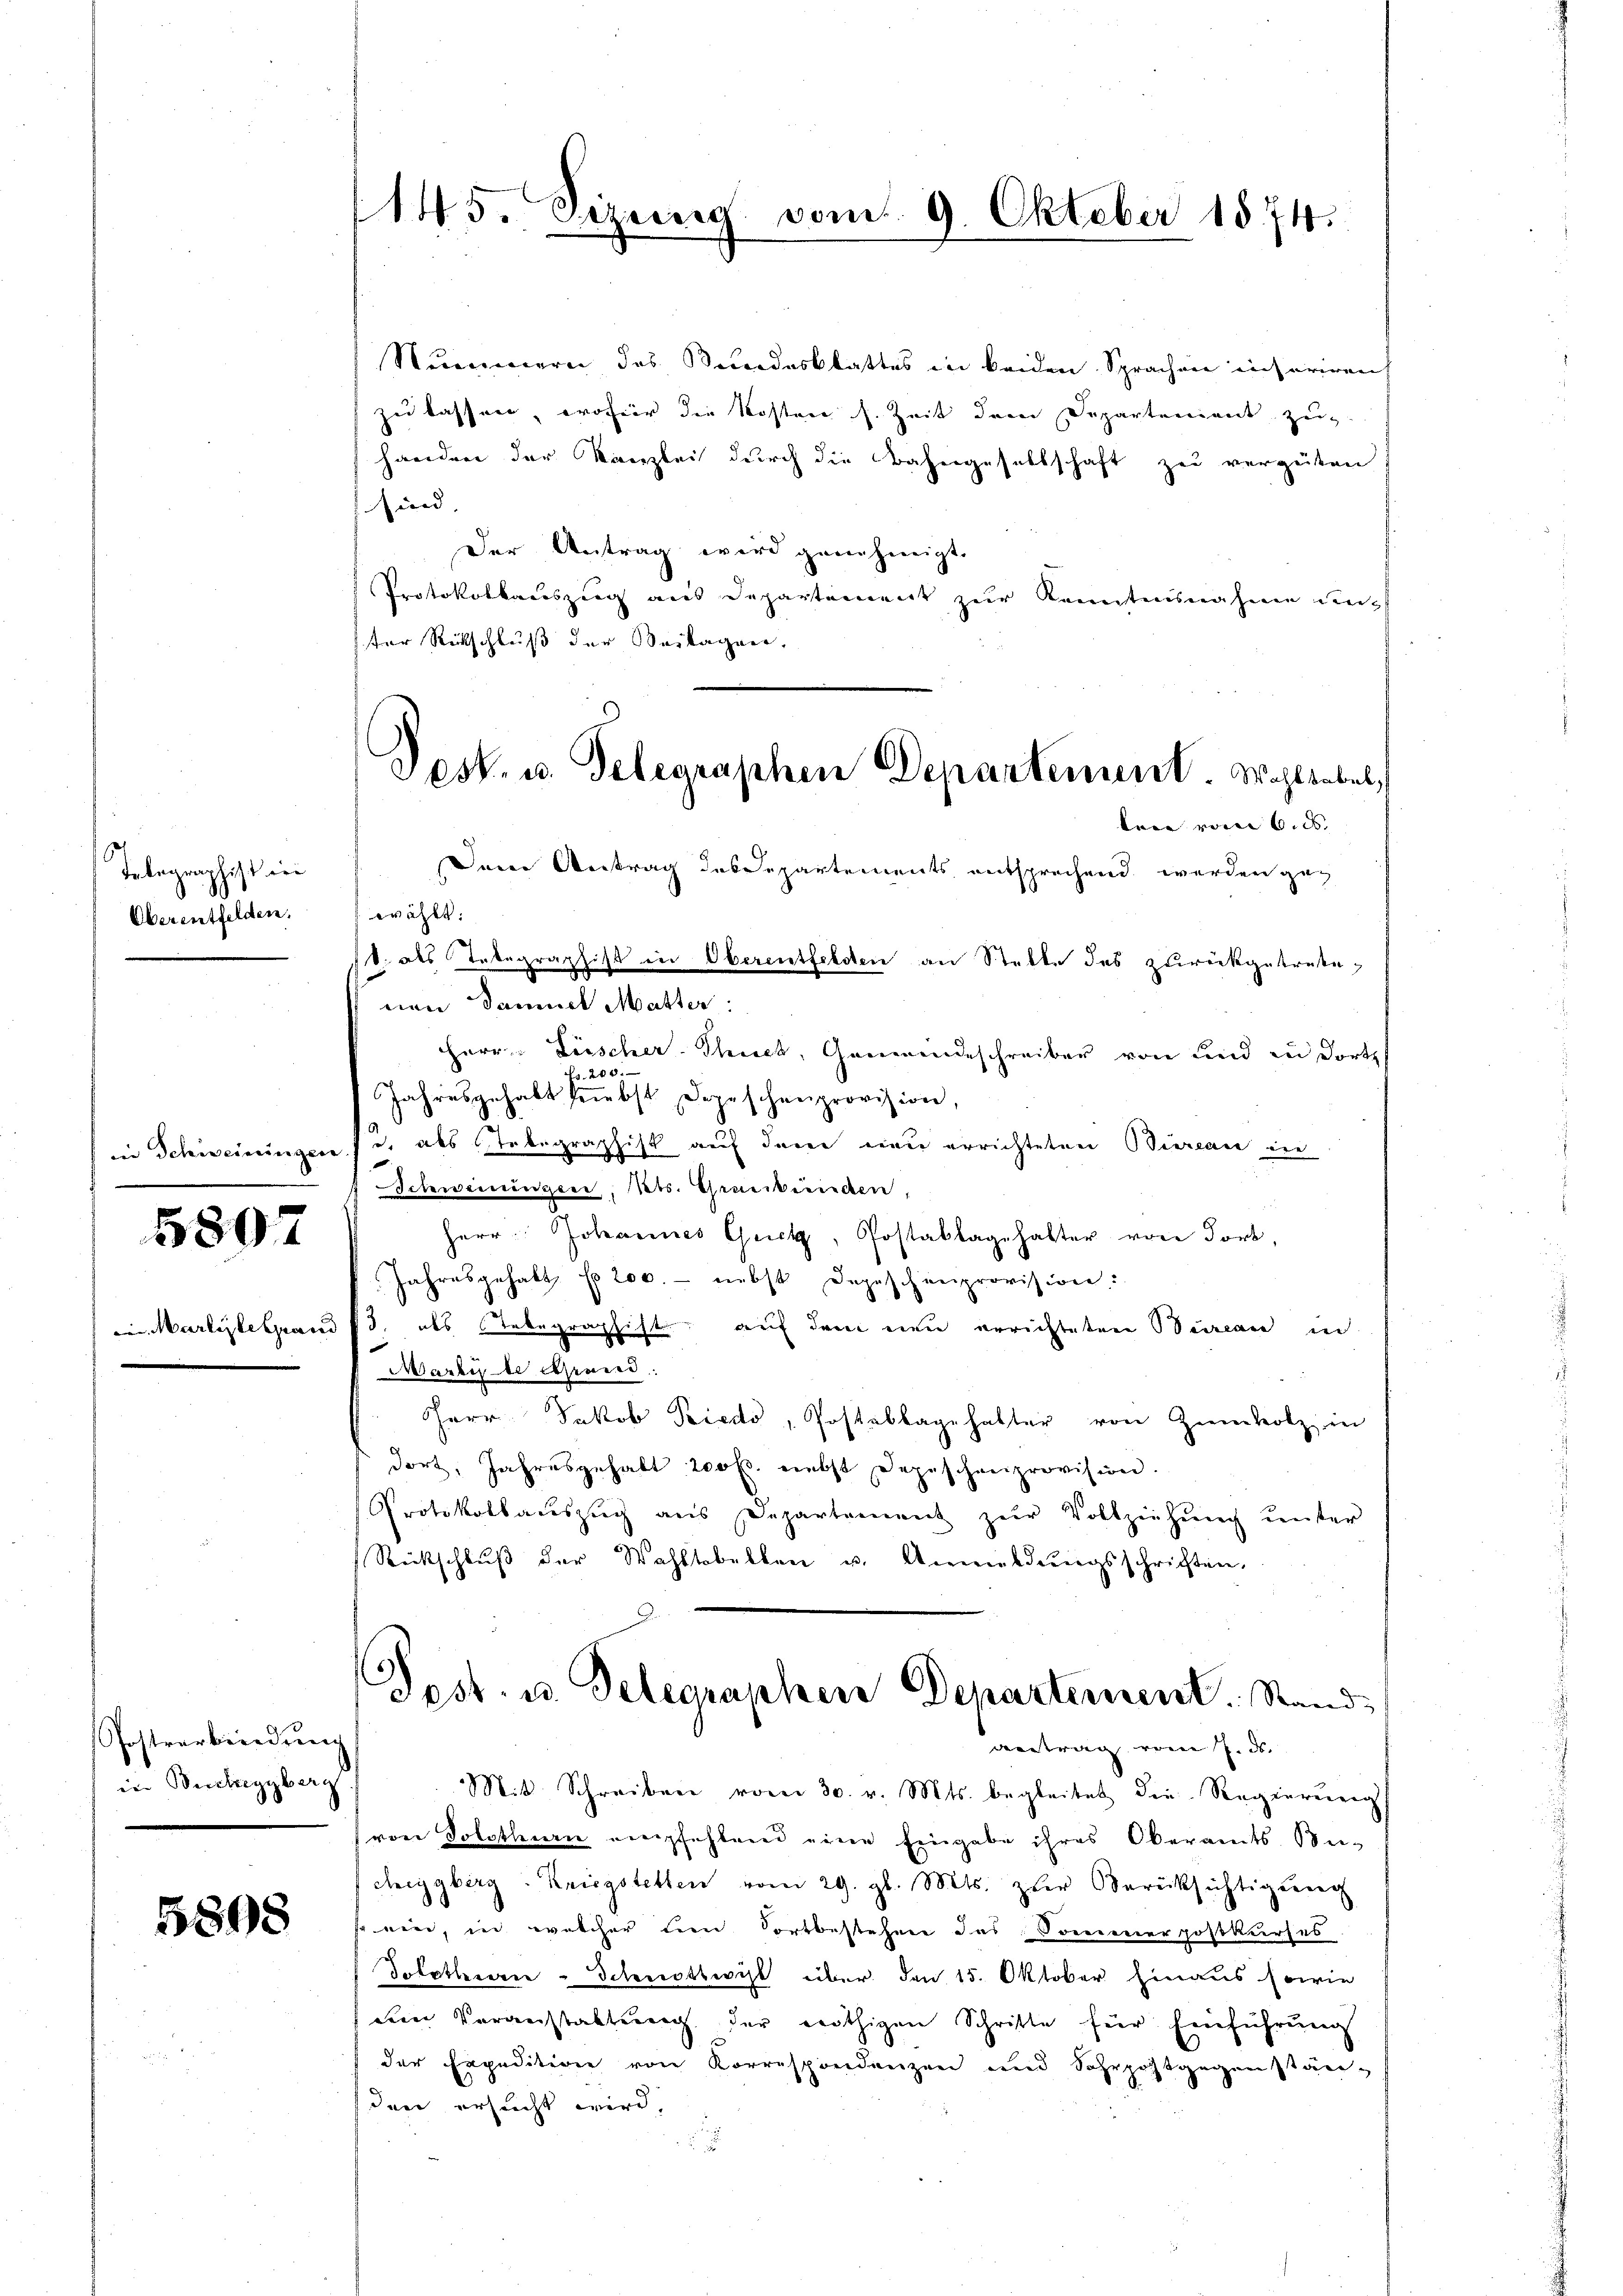
Telegraphist de
Oberentfelden.

in Schweinungen

5807

in Marlylespan

Postverbindung
in Bucheggberg

5898

145. Sizung vom 9. Oktober 1874.

Post. u. Telegraphen Departement. Wohlsebel,
ken vom 6. ds.

Nummern des Bundesblattes in beiden Sprachen inferiren,
zu lassen, wofür die Kosten s. Zeit dem Departement zu-
handen der Kanzlei durch die Bahngesellschaft zu vergüten
sind,
Der Antrag wird genehmigt.
Protokollauszeig aus Departement zur Kenntensnahmen un
1ter Rückschluß der Beilagen,
Deine Vertrag des Departements entsprechend werden gan
wählt.
v. des Telegraphist in Oberentfeldten an Stelle des zurückgetretenen Samuel Mutter:
Herr Fischer-Thuet, Gaumendeschreiber von und zu dorth
200.
Jahresgehabt liebst Depeschenprovision,
 als Tobegraphist auf dem neu errichteten Bierence inn
Schweiningen, Kts. Graubünden
Herr Johannes Guck, Postablagehalter von Fort,
Jahresgehabt, f 200. - nebst Depeschenprovision:
3 als Telegraphist, auf dem neu errichteten Bureau in
1
Marti de sind.
Herr Jakob Peiedo, Postabbagehalter von Zimholz, in
dort, Jahresgehabt 200 fr. nebst Depeschenprovision.
Protokollauszug aus Departement zŭr Vollziehŭng ŭnter
Rückschluß der Wahltobelben u. Anmeldungsschriften,
Dest. u. Telegraphere Departement. Stand,
antrag vom 7. ds.
Mit Schreiben vom 30. v. Mts. begleitet die Regierung
von Solothurn empfehlend eine Eingabe ihres Oberamts Mu-
cheggberg-Kriegstetten vom 29. gl. Mts. zur Berüksichtigŭng
ein, in welcher den Fortbestehen das Sommerpostkurses.
Solothecarie-Schnitteil über den 15. Oktober hinaus sowie
dein Veranstaltung der nöthigen Schritte für Einführung
der Expedition von Korrespondenzen und Sahrpostgegenstän-
den ersucht wird,